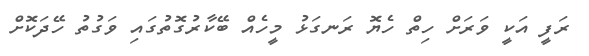
ރަފީ އަކީ ވަރަށް ހިތް ހެޔޮ ރަނގަޅު މީހެއް ބޭކާރުގޮތުގައި ވަގުތު ހޭދަކޮށް